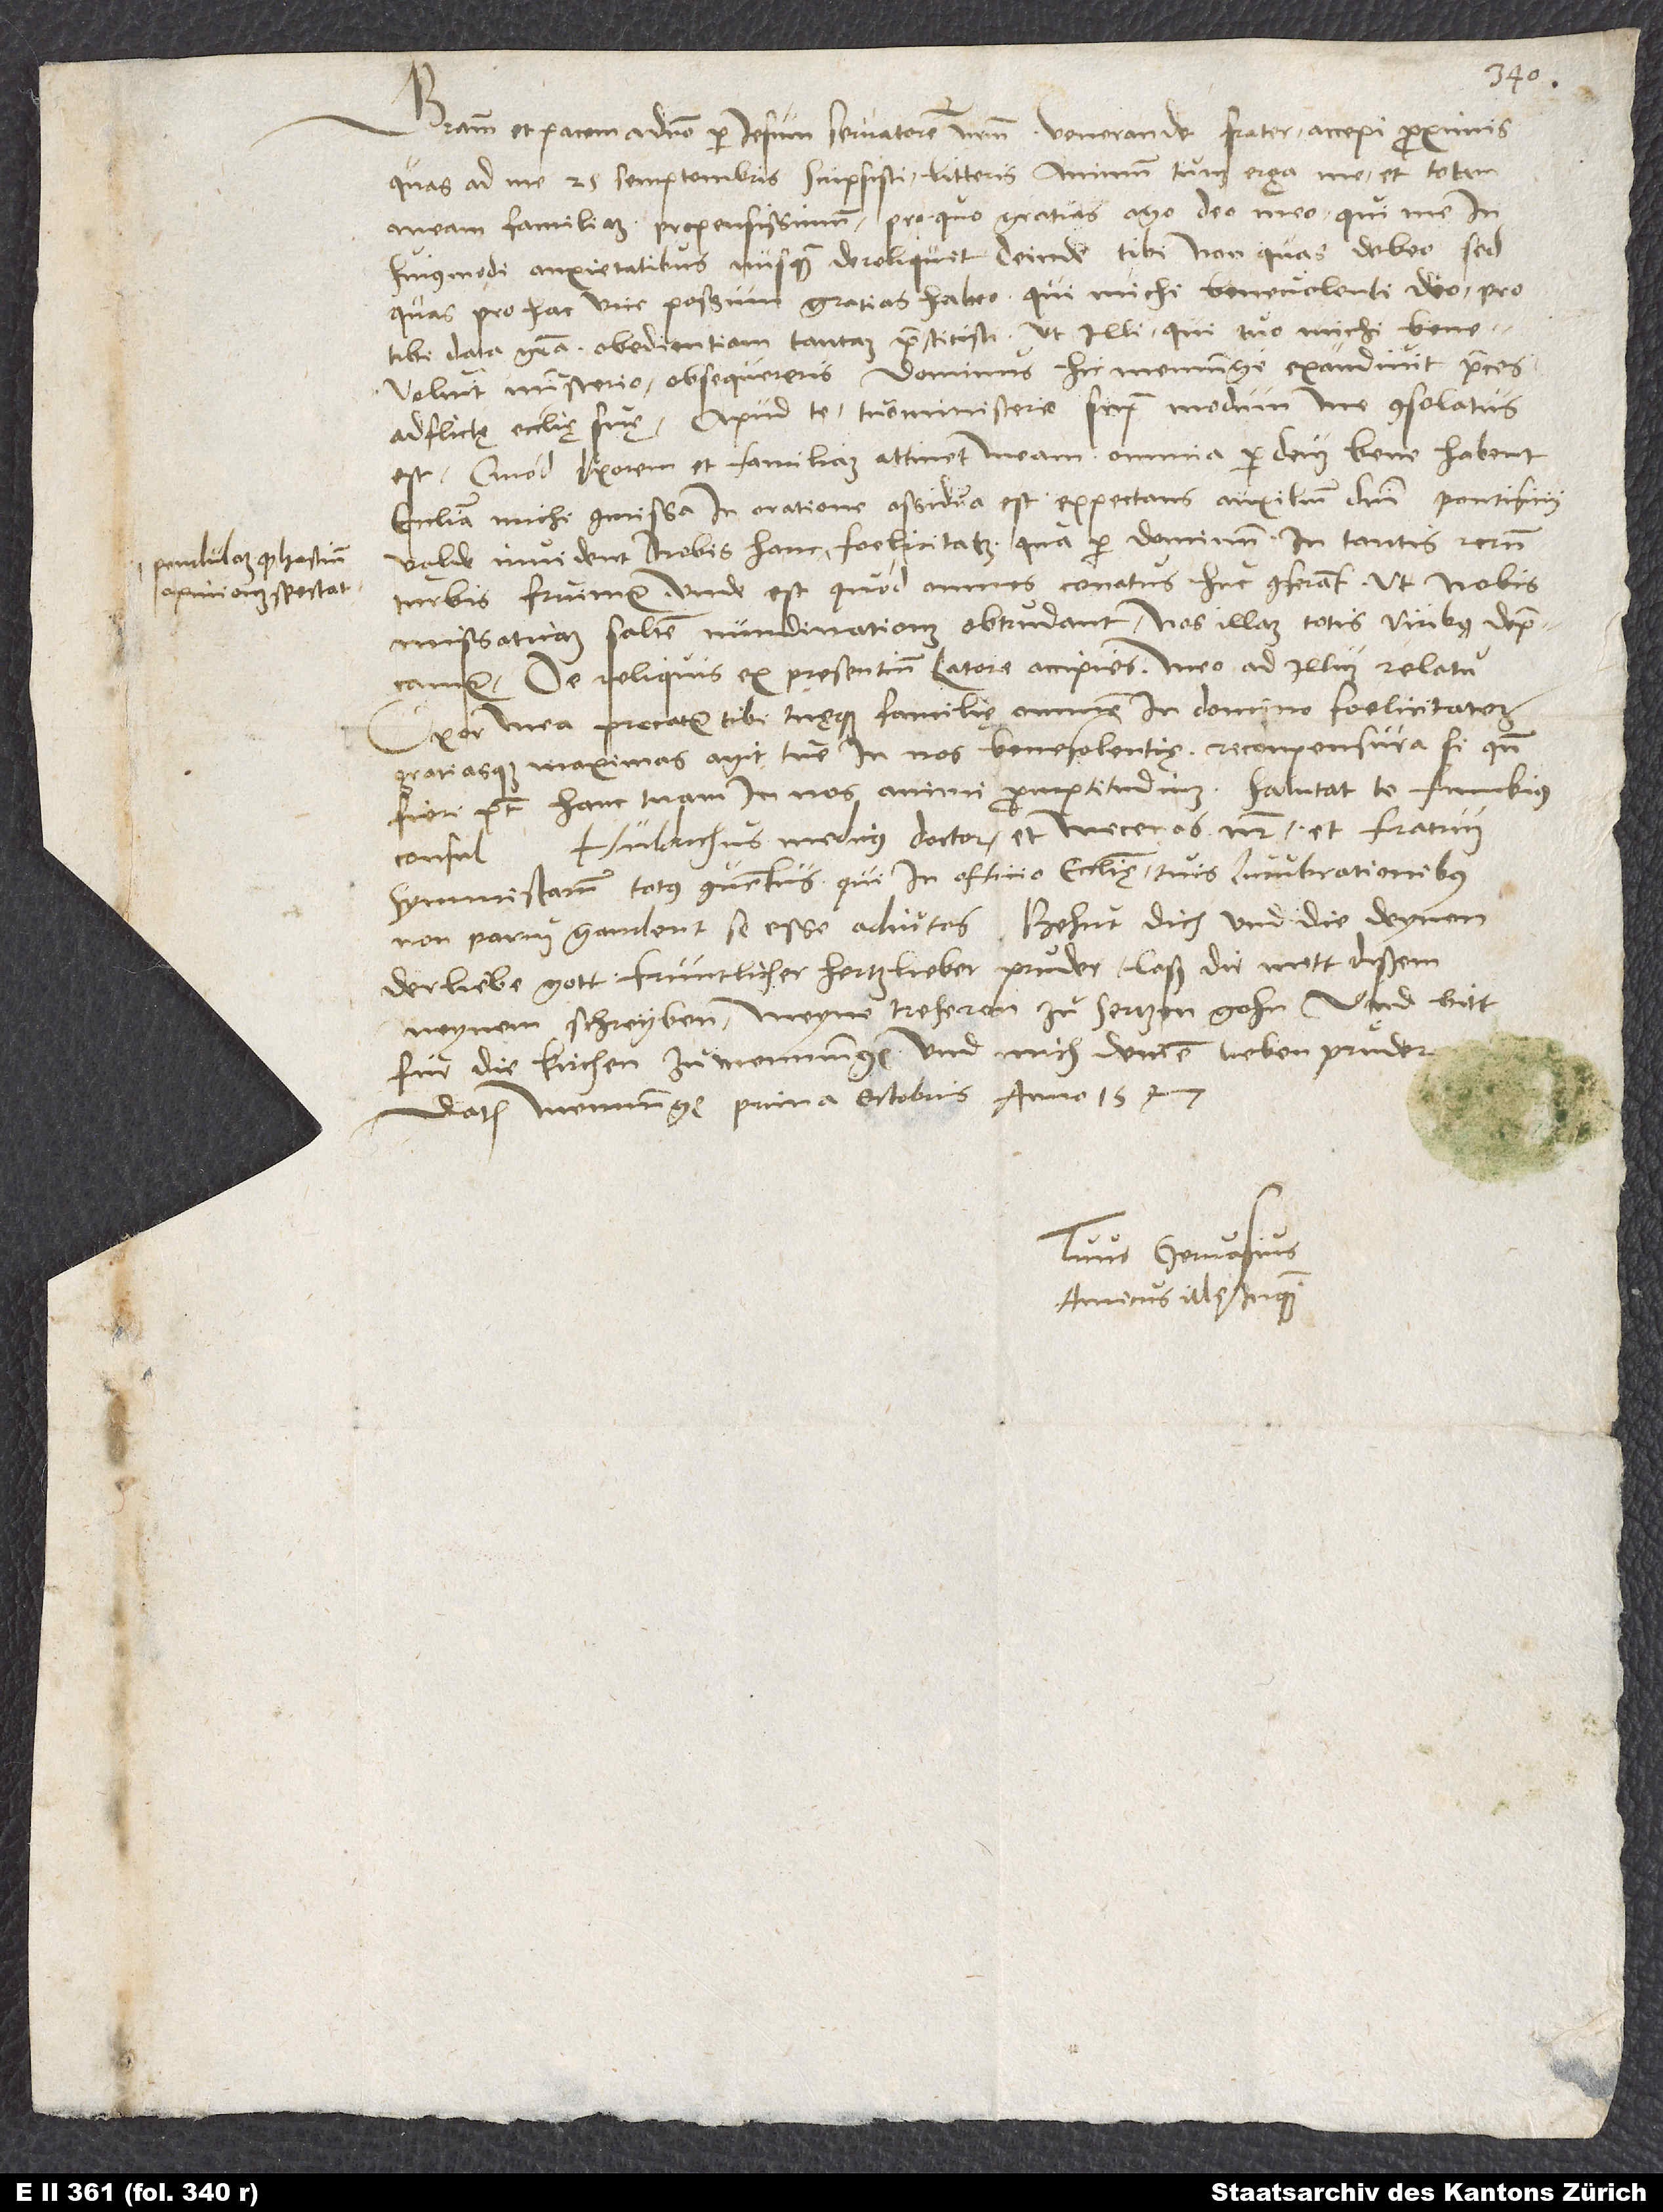
pendulam (quod hostium
opinionem spectat)

Gratiam et pacem a domino per Iesum, servatorem nostrum. Venerande frater, accepi proximis,
quas ad me 25. semptembris scripsisti, litteris animum tuum erga me et totam
meam familiam propensissimum; pro quo gratias ago deo meo, qui me in
huiusmodi anxietatibus nusquam dereliquit, deinde tibi, non quas debeo, sed
quas pro hac vice possum, gratias habeo, qui michi, benevolenti deo pro
tibi data gratia, obedientiam tantam praestitisti, ut illi, qui tuo michi benevoluit
ministerio, obsequeris. Dominus hic Memminge exaudivit preces
adflictę ecclesię suę. Apud te tuo ministerio supra modum me consolatus
est. Quod uxorem et familiam attinet meam, omnia per deum bene habent.
Ecclesia michi commissa in oratione assidua est expectans auxilium domini. Pontificii
turbis fruimur. Unde est, quod omnes conatus huc conferant, ut nobis
missaticam saltem nundinationem obtrudant. Nos illam totis viribus deprecamur.
De reliquis ex presentium latore accipies meo ad illum relatu.
Uxor mea precatur tibi tuęque familię omnem in domino foelicitatem
gratiasque maximas agit tue in nos benefolentię. Recompensura, si quando
fieri potest, hanc tuam in nos animi promptitudinem. Salutat te Funckius
Huldrichus medicus, doctor et mecenas noster, et fratrum
consul,
symmistarum totus conventus, qui in officio ecclesię tuis lucubrationibus
non parum gaudent se esse adiutos. Behut dich und die deynen
der liebe gott, früntlicher, hertzlieber pruͦder. Laß dir mitt dißem
meynem schreyben meyne treheren zuͦ hertzen gohn und bitt
für die kirchen zu Memmingen und mich, deinen lieben pruͦder,
Datum Memmingę, prima octobris anno 1547.
Tuus Gervasius,
amicus ille inquam.